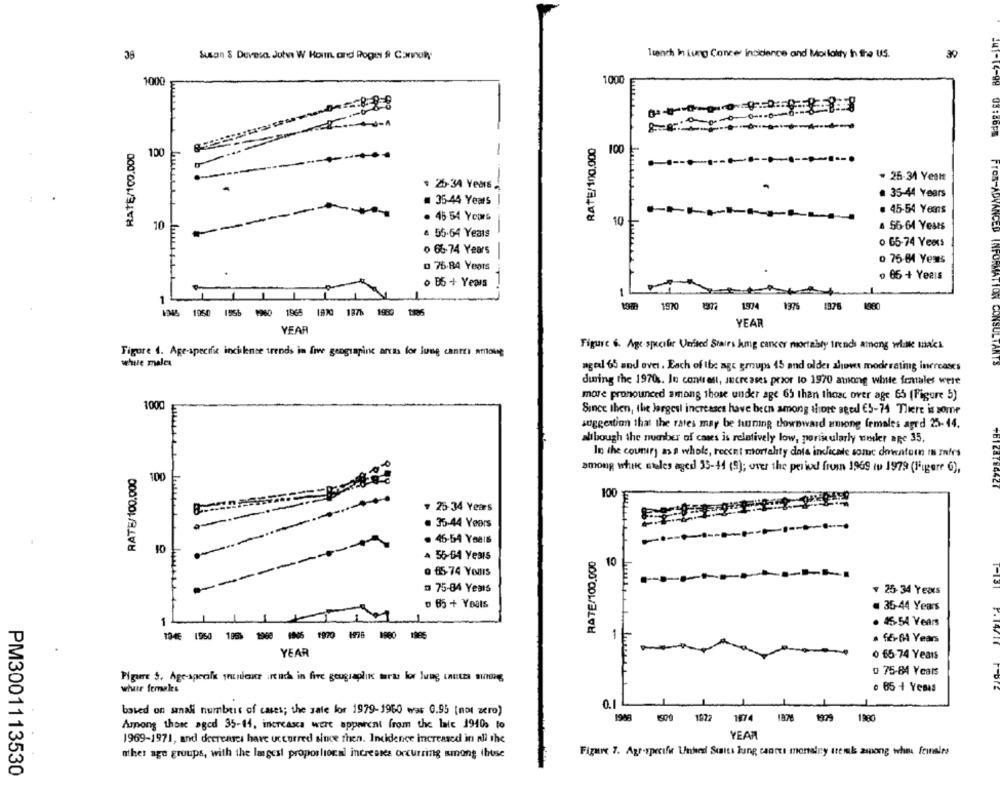
38
lunch in Lung Cance Incidence and Moilaity In the U.S.
39
Susan $ Devesa Juh W Hoim and Roger # Connolly
1000
1000
8
RATE/100,000
RATE/100.000
100
100
· 25-34 Yest
₹ 26-34 Years
35-44 Years
# 35-44 Years
. 45-54 Years
45-54 Ycors
10
10
. 56-64 Years
e 55-64 Years
o 65-74 Years
o 65-74 Years
0 75-84 Years
D 75-84 Years
0 66 + Years
o B5 + Years
1970
1974
1375
1376
1945 1960 1956 1060 1965 1970 1876 1980 1306
YEAR
YEAR
Figure 6. Age specifier United Stairs Jug cancer mortably trench among what makes
Figure 4. Age-specifik incilence trends in five geograpine arcia for jong cantri among
while males
agel 65 and over . Each of the age groups 45 and older shows moderating increases
during the 1970s. In contrast, sucreases prior to 1970 among white females were
more pronounced among those under age 65 than thoac over age 65 (Figure 5)
1000
Since then, the largest increases have been among shore aged €5-74 There is some
suggestion that the rates may be tuning downward among females agrd 25-44.
alibough the number of cases is relatively low, particularly weiler age 35,
In the country as a whole, recent mortality dota indicate somc dowatomn In mirs
RATE/100.000
among whikc etles aged 35-44 (9); over the period from 1969 tu 1979 (1ªigere 6),
100
100
¥ 25-34 Years
35-44 Years
46-54 Yeals
A 55-64 Years
RATE/100.000
10
0 115 74 Years
D 75-84 Years
₹ 25-34 Years
D 65 + YOals
. 35-44 Years
. 45-54 Years
1045 1950 1966 1968 16 1970 1978 1900 1985
. 66-64 Years
YEAR
0 65-74 Years
0 75-84 Years
Pigure $. Age-specifi prunier irt uch in fire geugraphik morte lor lung tactes sig
white females
. 65 + Yemas
0.1L
based on small number of cases; the sale lor 1979-1960 was 0.95 (not zero)
1948
1500 1972
1474
1876 1979
1980
Among those aged 35-14, increasca wert apparent from the late 1940 to
YEAR
1969-1971, and decreases have uccorred since then. Incidence increased in ali the
other age groups, with the lagest proporlocal increases occurring among those
Figure 7. Agr-specifi Unhed Suaits lung cantes mortalny trenk among whi feinales
PM3001113530